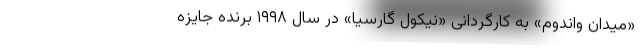
«میدان واندوم» به کارگردانی «نیکول گارسیا» در سال ۱۹۹۸ برنده جایزه